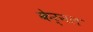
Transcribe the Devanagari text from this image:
केर्नल